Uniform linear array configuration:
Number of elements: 12
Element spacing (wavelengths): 0.25
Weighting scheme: kaiser
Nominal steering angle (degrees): -30
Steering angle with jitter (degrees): -28.792
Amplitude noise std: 0.05
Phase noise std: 0.05

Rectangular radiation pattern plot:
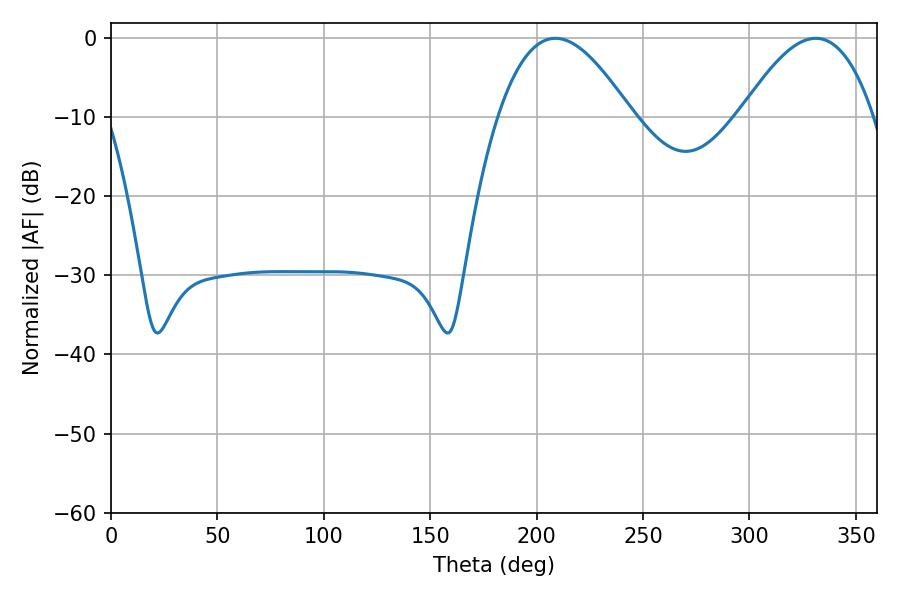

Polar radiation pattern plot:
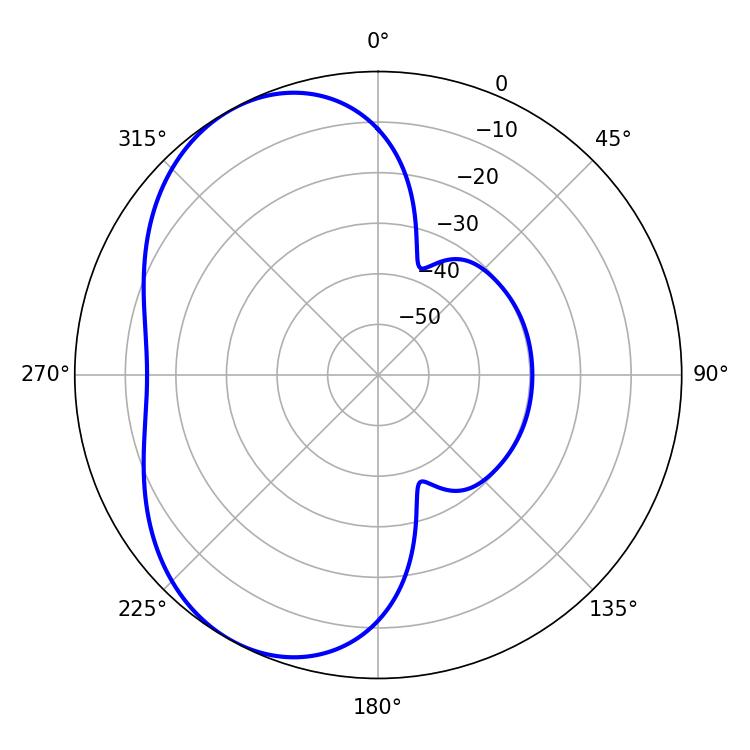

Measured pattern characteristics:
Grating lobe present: FALSE
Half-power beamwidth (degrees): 34.2
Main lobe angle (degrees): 208.8